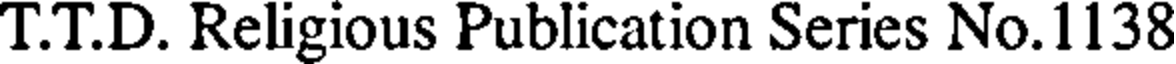
T.T.D. Religious Publication Series No.1138